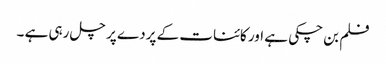
فلم بن چکی ہے اور کائنات کے پردے پر چل رہی ہے ۔